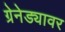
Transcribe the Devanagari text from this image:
ग्रेनेड्यावर